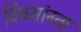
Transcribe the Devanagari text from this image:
विषमांग्ता